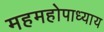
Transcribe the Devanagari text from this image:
महमहोपाध्याय